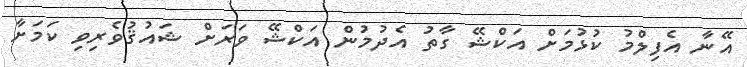
އޭނާ އެފިލްމު ކުޅުމަށް އަކްޝޭ ގާތު އެދުމުން އަކްޝޭ ވަރަށް ޝައުޤުވެރިވި ކަމަށާ